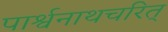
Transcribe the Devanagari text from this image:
पार्श्वनाथचरित्